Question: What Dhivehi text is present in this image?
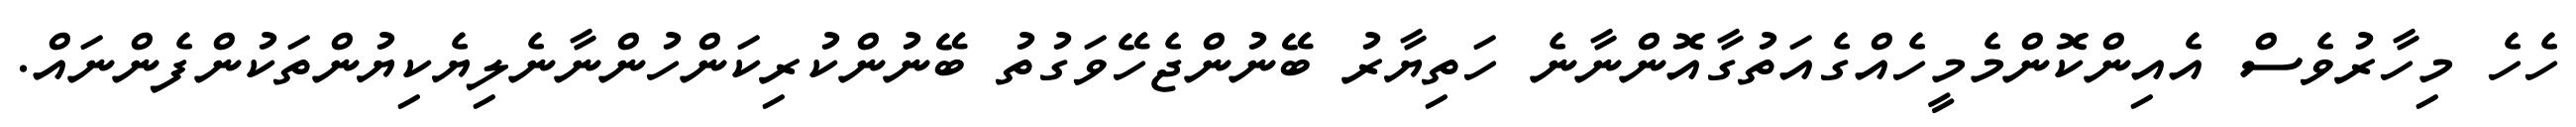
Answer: ހެހެ މިހާރުވެސް އެއިންކޮންމެމީހެއްގެއަތުގާއޮންނާނެ ހަތިޔާރު ބޭނުންޖެހޭވަގުތު ބޭނުންކުރިކަންހުންނާނެލިޔެކިޔުންތަކުންފެންނައް.